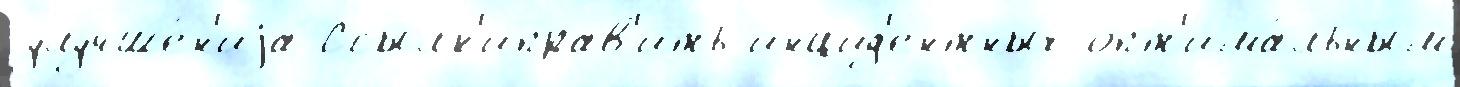
улучше́н'иjа Ссылк'иправ'ить инцид'ентных опт'има́льным